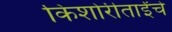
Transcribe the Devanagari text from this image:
किशोरीताईंचे